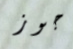
جوز